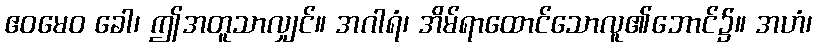
ဧဝမေဝ ခေါ၊ ဤအတူသာလျှင်။ အဂါရံ၊ အိမ်ရာထောင်သောလူ၏ဘောင်၌။ အဟံ၊